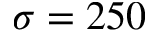
\sigma = 2 5 0